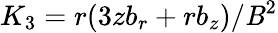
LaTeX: K_{3}=r(3zb_{r}+rb_{z})/\mathit{B}^{2}